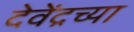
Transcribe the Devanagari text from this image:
देवेंद्रच्या